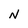
Character: N